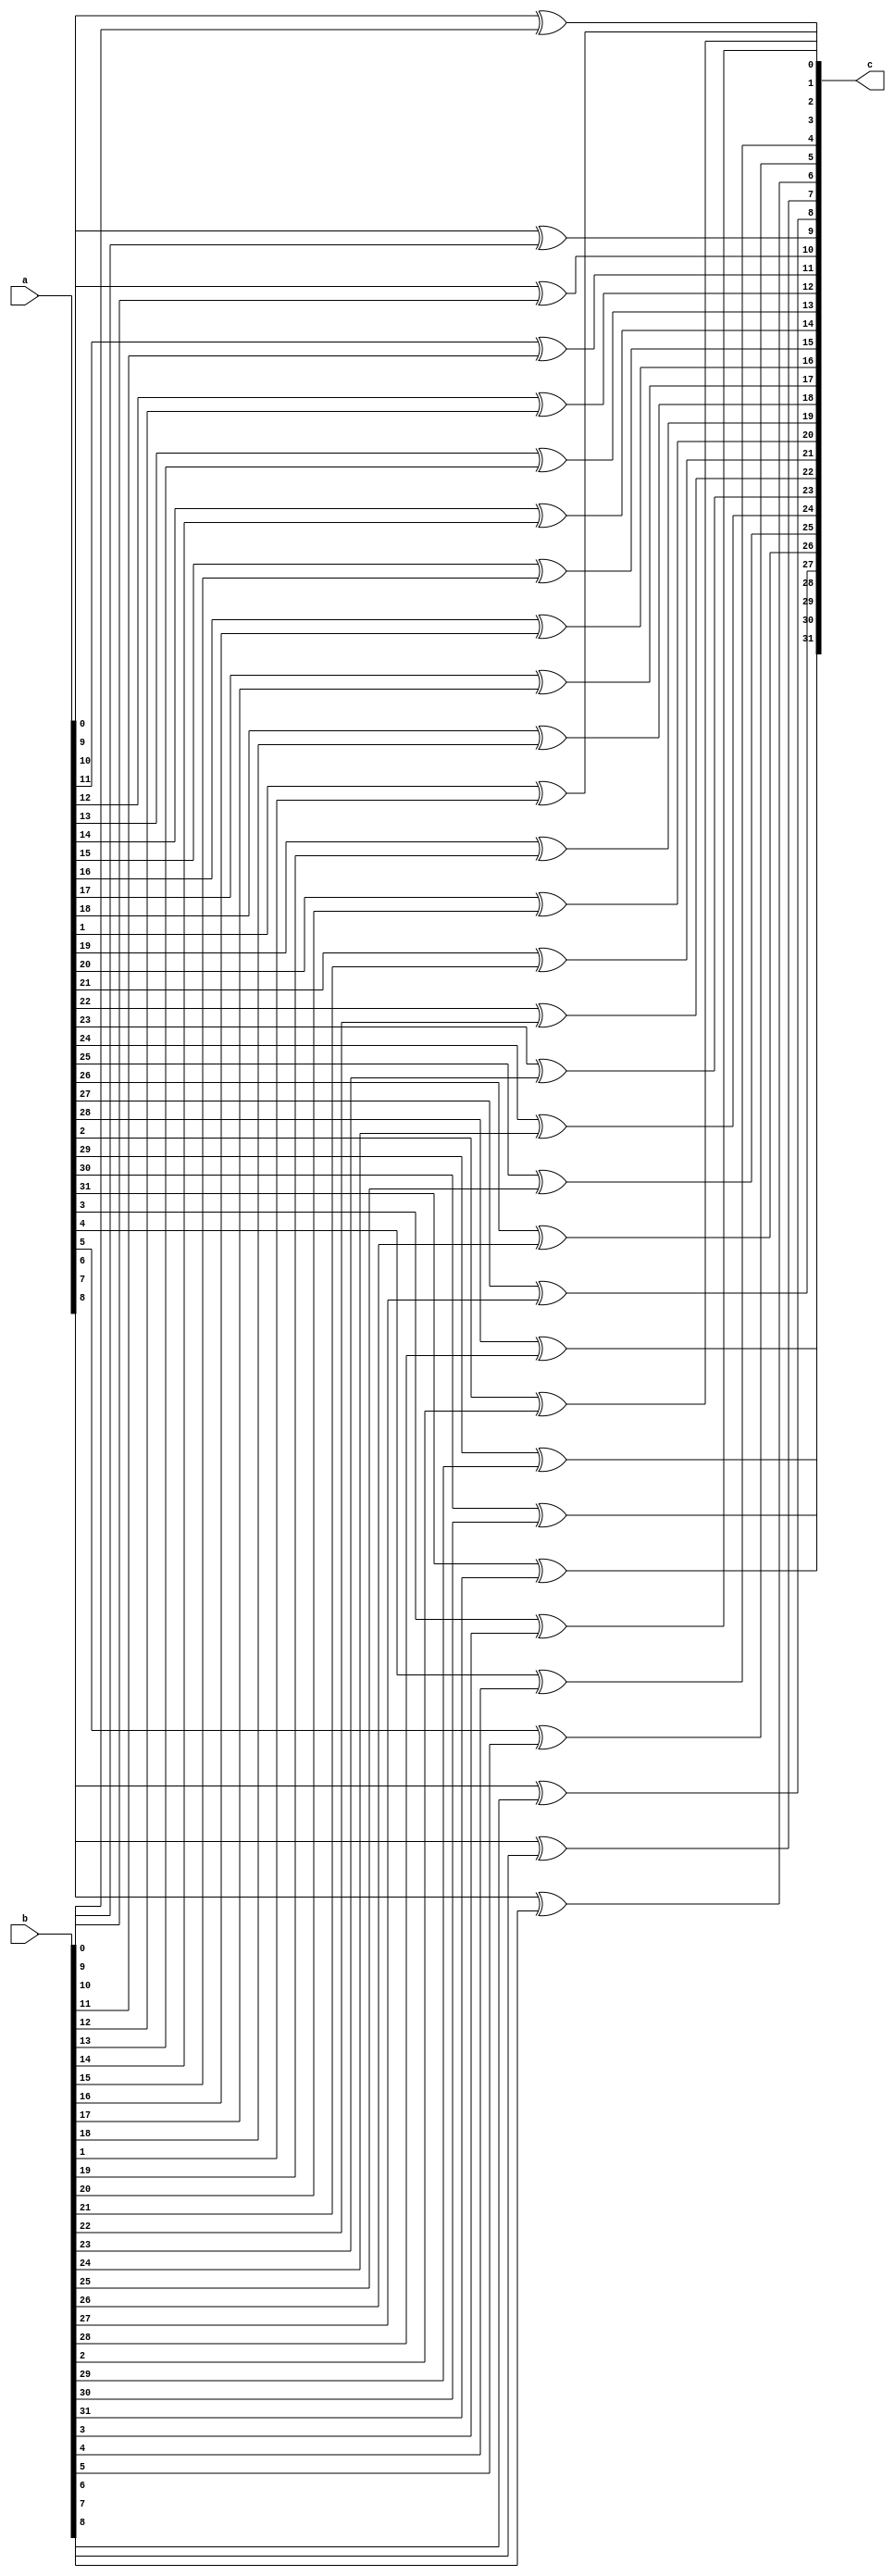
module xor32(
	output [31:0] c,
	input [31:0] a, b
);

genvar i;
generate
for (i = 0; i < 32; i = i + 1) begin : xor_gate
	xor xor1(c[i], a[i], b[i]);
end
endgenerate

endmodule